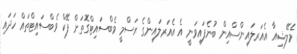
މެލޭޝިއާ އެއަރލައިންސްއިން ބުނެފައިވަނީ އެ އެއަރލައިންގެ ރަސްމީ ވެބްސައިޓްގޮތަށް ފޭކް ވެބްސައިޓްތައް ހަދައި